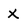
Character: X